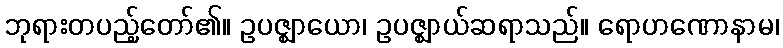
ဘုရားတပည့်တော်၏။ ဥပဇ္ဈာယော၊ ဥပဇ္ဈာယ်ဆရာသည်။ ရောဟဏောနာမ၊